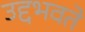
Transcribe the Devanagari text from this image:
उद्दभवते